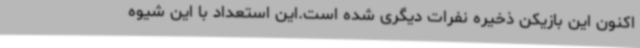
اکنون این بازیکن ذخیره نفرات دیگری شده است.این استعداد با این شیوه